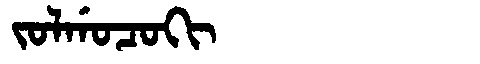
Manchu: ᠵᠣᠯᡤᠣᠴᠣᡴᡳ
Romanization: JOLGOCOKI